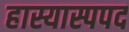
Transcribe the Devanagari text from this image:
हास्यास्पपद